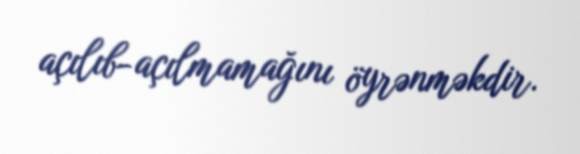
açılıb-açılmamağını öyrənməkdir.